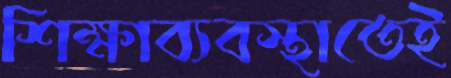
শিক্ষাব্যবস্থাতেই